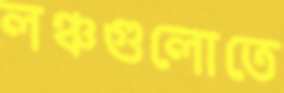
লঞ্চগুলোতে